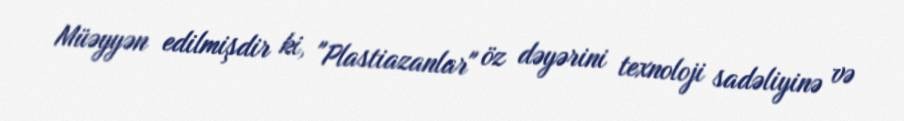
Müəyyən edilmişdir ki, "Plastiazanlar" öz dəyərini texnoloji sadəliyinə və